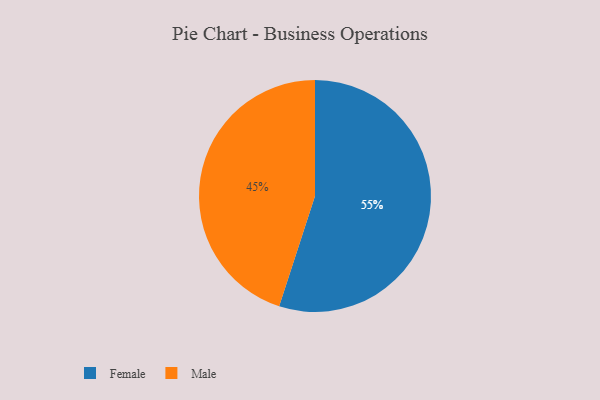
{"axis": {"x": "Category", "y": "Percentage"}, "legend": ["Female", "Male"], "data": [{"x": "Female", "y": 55, "type": "Female"}, {"x": "Male", "y": 45, "type": "Male"}]}